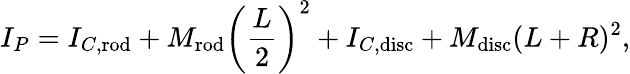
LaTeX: I_{P}=I_{C,{\mathrm{rod}}}+M_{\mathrm{rod}}\left({\frac{L}{2}}\right)^{2}+I_{C,{\mathrm{disc}}}+M_{\mathrm{disc}}(L+R)^{2},